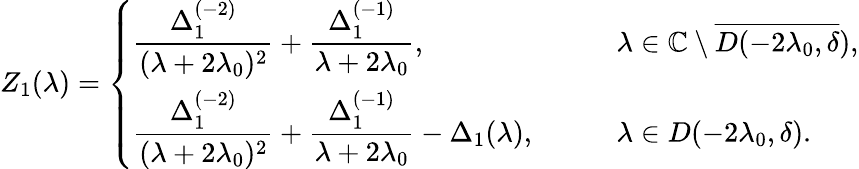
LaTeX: Z_{1}(\lambda)=\left\{ \begin{array}{ll}{\displaystyle\frac{\Delta_{1}^{(-2)}}{(\lambda+2\lambda_{0})^{2}}+\frac{\Delta_{1}^{(-1)}}{\lambda+2\lambda_{0}},}&{\qquad\lambda\in\mathbb{C}\setminus\overline{{D(-2\lambda_{0},\delta}}),}\\ {\displaystyle\frac{\Delta_{1}^{(-2)}}{(\lambda+2\lambda_{0})^{2}}+\frac{\Delta_{1}^{(-1)}}{\lambda+2\lambda_{0}}-\Delta_{1}(\lambda),}&{\qquad\lambda\in D(-2\lambda_{0},\delta).}\end{array}\right.